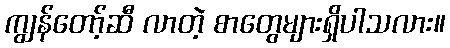
ကျွန်တော့်ဆီ လာတဲ့ စာတွေများရှိပါသလား။